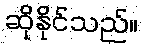
ဆိုနိုင်သည်။